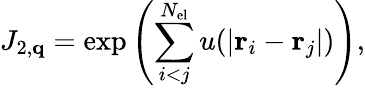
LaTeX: J_{2,\mathbf{q}}=\exp\left(\sum_{i<j}^{N_{\mathrm{el}}}u(|\mathbf{r}_{i}-\mathbf{r}_{j}|)\right),